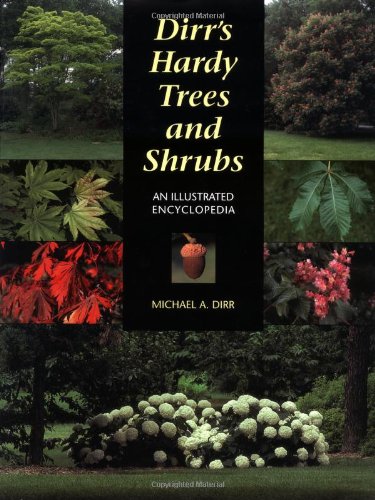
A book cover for Dirr's Hardy Trees and Shrubs: An Illustrated Encyclopedia; Michael A. Dirr; Crafts, Hobbies & Home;